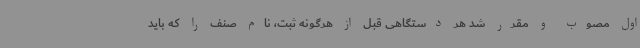
اول مصوب و مقرر شد هر دستگاهی قبل از هرگونه ثبت، نام صنف را که باید